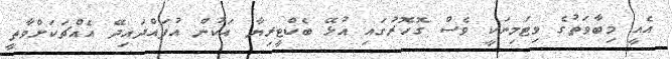
އެއީ މިބާވަތުގެ ވިޓަމިނަކީ ވެސް ގޮހޮރުގައި އުޅޭ ބެކްޓީރިޔާ އަކުން އުފައްދައިދޭ އެއްޗަކަށްވާތީ